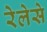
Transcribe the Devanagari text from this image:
रेलेसे